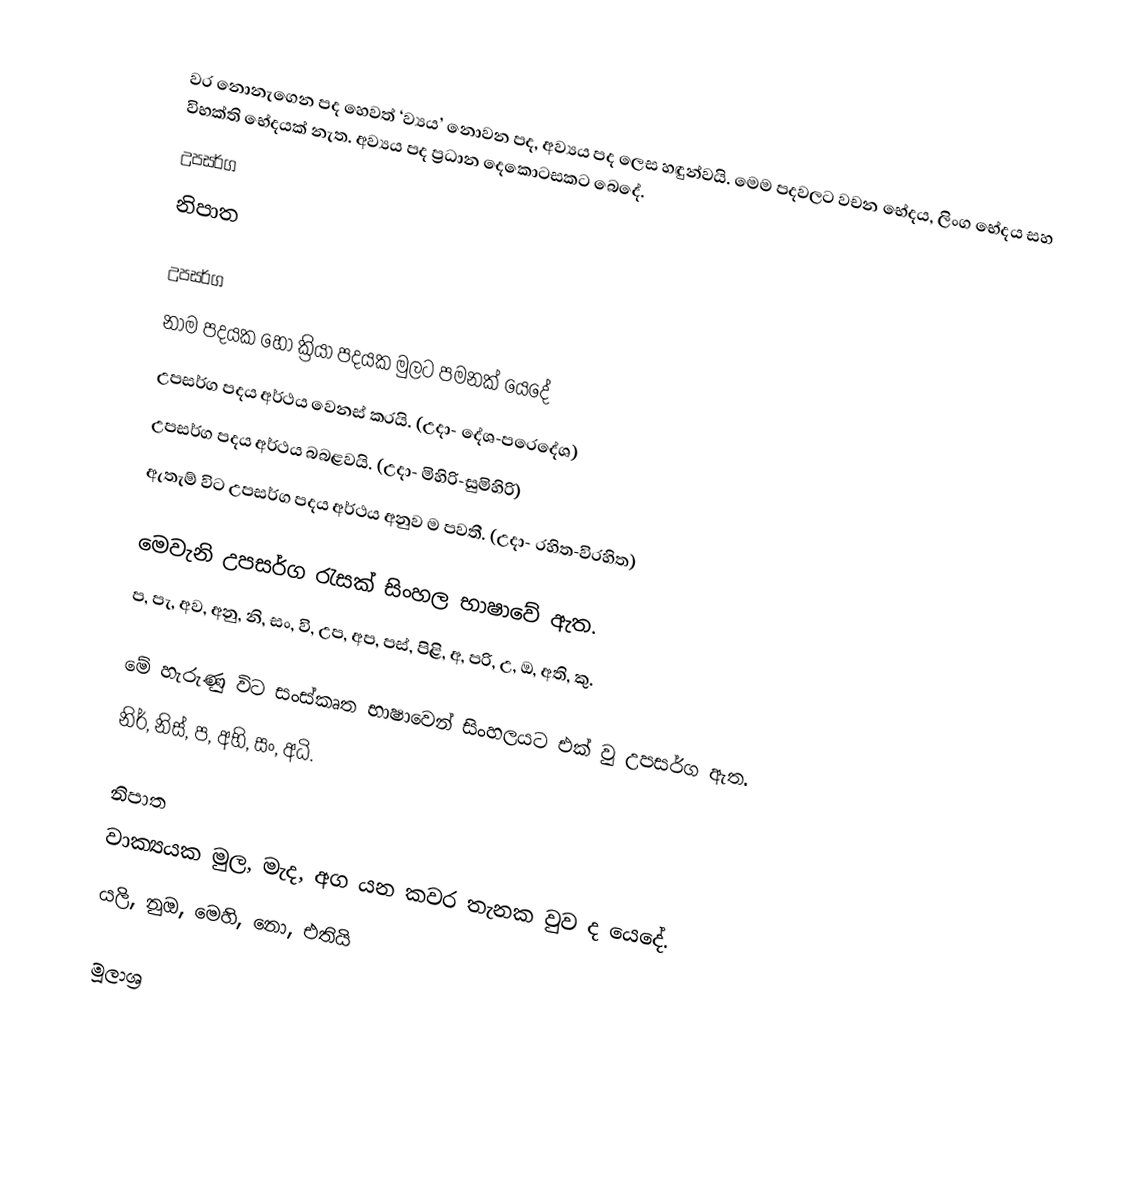
වර නොනැගෙන පද හෙවත් ‘ව්‍යය’ නොවන පද, අව්‍යය පද ලෙස හඳුන්වයි. මෙම පදවලට වචන භේදය, ලිංග භේදය සහ විභක්ති භේදයක් නැත. අව්‍යය පද ප්‍රධාන දෙකොටසකට බෙදේ.
 උපසර්ග
 නිපාත

උපසර්ග
නාම පදයක හෝ ක්‍රියා පදයක මුලට පමනක් යෙදේ
උපසර්ග පදය අර්ථය වෙනස් කරයි. (උදා- දේශ-පරෙදේශ)
උපසර්ග පදය අර්ථය බබළවයි. (උදා- මිහිරි-සුමිහිරි)
ඇතැම් විට උපසර්ග පදය අර්ථය අනුව ම පවතී. (උදා- රහිත-විරහිත)

මෙවැනි උපසර්ග රැසක් සිංහල භාෂාවේ ඇත.
ප, පැ, අව, අනු, නි, සං, වි, උප, අප, පස්, පිළි, අ, පරි, උ, ඔ, අති, කු.

මේ හැරුණු විට සංස්කෘත භාෂාවෙන් සිංහලයට එක් වු උපසර්ග ඇත.
නිර්, නිස්, ප, අභි, සං, අධි.

නිපාත
වාක්‍යයක මුල, මැද, අග යන කවර තැනක වුව ද යෙදේ.
යලි, නුඔ, මෙහි, නො, එතියි

මූලාශ්‍ර